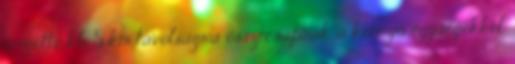
mögötte kb. 5 km távolságra összecsapnak a könnyű egységekkel.